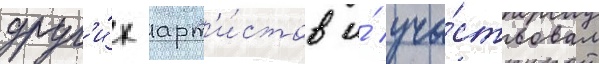
друг'и́х арт'и́стов и́ уча́ствовал